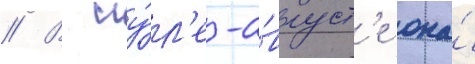
// В иу́л'е-а́вгуст'е она́